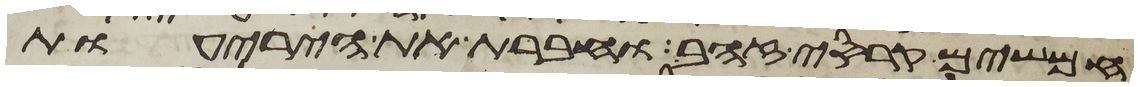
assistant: חמשים קרסי זהב וחברת את היריעות